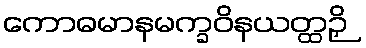
ကောဓမာနမက္ခဝိနယတ္ထဉှိ